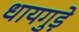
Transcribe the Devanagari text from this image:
धायगुड़े